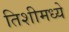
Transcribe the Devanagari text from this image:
तिशीमध्ये